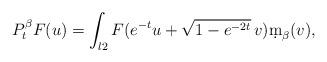
LaTeX: \begin{align*} P_t^\beta F(u)&=\int_{\l2} F(e^{-t}u+\sqrt{1-e^{-2t}}\, v)\d m_\beta(v), \end{align*}